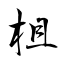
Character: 柤